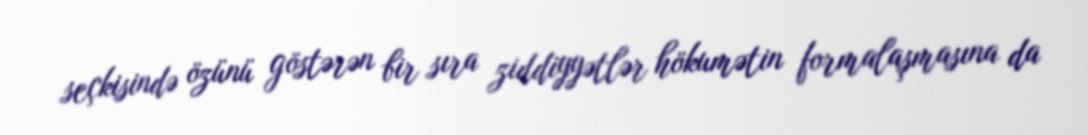
seçkisində özünü göstərən bir sıra ziddiyyətlər hökumətin formalaşmasına da